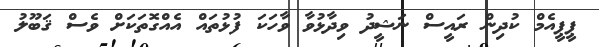
ޕީޕީއެމް ކުދިން ރައީސް ނަޝީދު ވިދާޅުވާ ވާހަކަ ފުޅުތައް އެއްގޮތަަކަށް ވެސް ޤަބޫލު